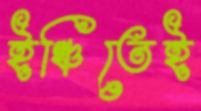
ইঞ্চিতেই